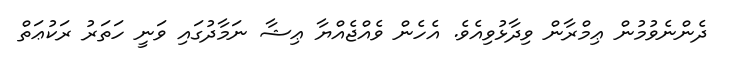
ދެންނެވުމުން ޢިމްރާން ވިދާޅުވިއެވެ. އެހެން ވެއްޖެއްޔާ ޢިޝާ ނަމާދުގައި ވަނީ ހަތަރު ރަކުޢަތް